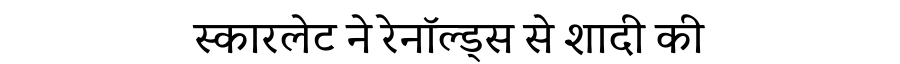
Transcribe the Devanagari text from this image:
स्कारलेट ने रेनॉल्ड्स से शादी की